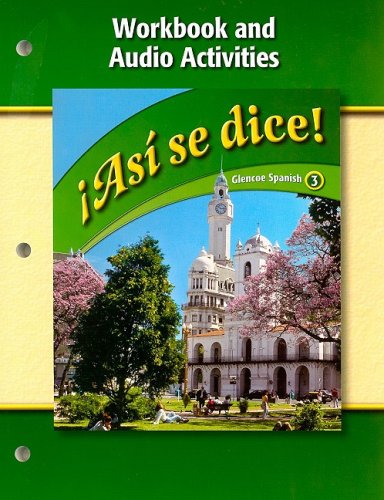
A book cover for Asi Se Dice! Workbook and Audio Activities (Glencoe Spanish) (Spanish Edition); Conrad J. Schmitt; Teen & Young Adult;